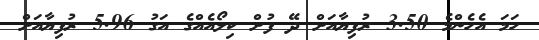
ހަމަ އެހެންމެ 3.50 ރުފިޔާއަށް ދޭ ފުށް ކިލޯއެއްގެ އަގު 5.96 ރުފިޔާއަށް